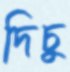
দিচু